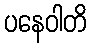
ပနေဝါတိ